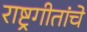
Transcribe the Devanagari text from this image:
राष्ट्रगीतांचे